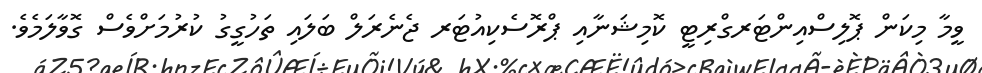
ވީމާ މިކަން ޕޮލިސްއިންޓަރގްރިޓީ ކޮމިޝަނާއި ޕްރޮސެކިއުޓަރ ޖެނެރަލް ބަލައި ތަހުގީގު ކުރުމަށްވެސް ގޮވާލަމެވެ.